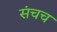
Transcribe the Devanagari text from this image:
संचच